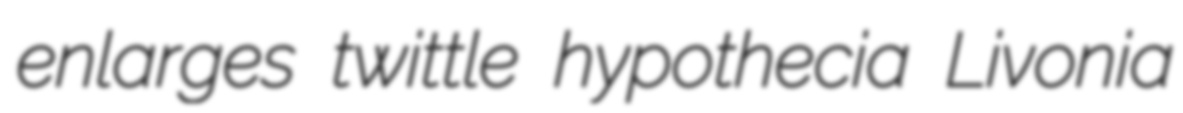
enlarges twittle hypothecia Livonia